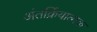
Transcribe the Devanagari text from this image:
अंतर्क्रियात्मक